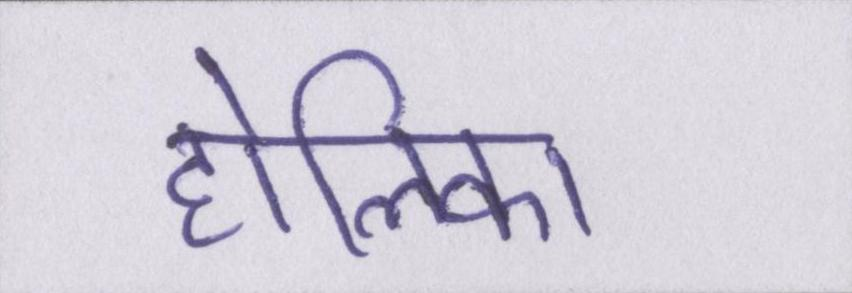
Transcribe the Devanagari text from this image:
होलिका